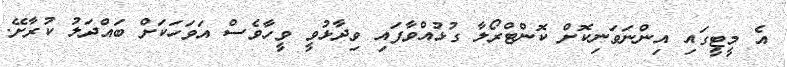
އެ މީޓީގައި އިންނަވަނިކޮށް ކޮންޓްރޯލާ ގުޅުއްވާފައި ވިދާޅުވީ ވީހާވެސް އަވަހަކަށް ބައްދަލު ކުރާށޭ.